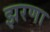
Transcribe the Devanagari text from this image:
झरणा